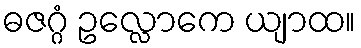
ဓဇဂ္ဂံ ဥလ္လောကေ ယျာထ။